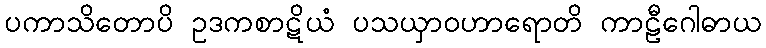
ပကာသိတောပိ ဥဒကစာဋိယံ ပသယှာဝဟာရောတိ ကာဠီဂေါဓာယ